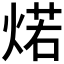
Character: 𰞾